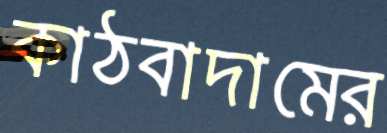
কাঠবাদামের